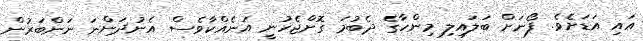
އައި އަޑަށެވެ. ފޯނަށް ބަލައިލި މިންހާގެ ދެބުމަ ގޮށްޖެހުނީ އަނެެއްކާވެސް އެނުދަންނަ ނަންބަރުން